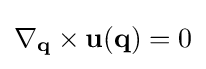
\nabla _{\mathbf {q} }\times \mathbf {u} (\mathbf {q} )=0